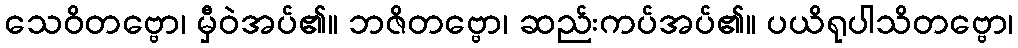
သေဝိတဗ္ဗော၊ မှီဝဲအပ်၏။ ဘဇိတဗ္ဗော၊ ဆည်းကပ်အပ်၏။ ပယိရုပါသိတဗ္ဗော၊